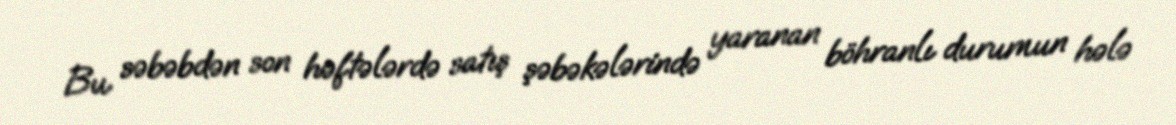
Bu səbəbdən son həftələrdə satış şəbəkələrində yaranan böhranlı durumun hələ